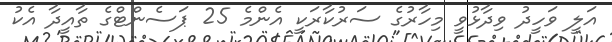
އަލީ ވަހީދު ވިދާޅުވީ މިހާރުގެ ސަރުކާރަކީ އެންމެ 25 ޕަސެންޓްގެ ތާއީދާ އެކު